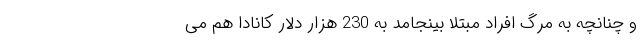
و چنانچه به مرگ افراد مبتلا بینجامد به 230 هزار دلار کانادا هم می